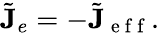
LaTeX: \tilde{\mathbf{J}}_{e}=-\tilde{\mathbf{J}}_{\mathrm{~e~f~f~}}.